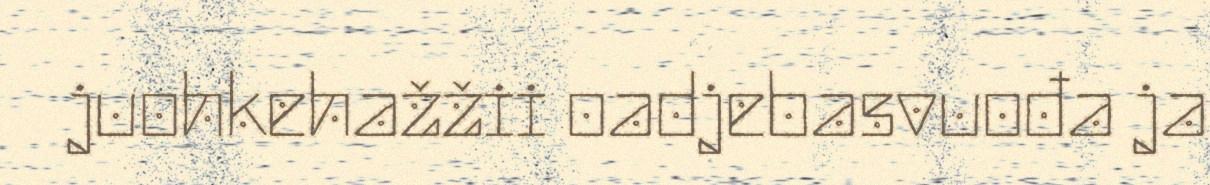
juohkehažžii oadjebasvuođa ja